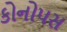
કોનોપસ